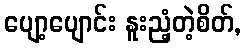
ပျော့ပျောင်း နူးညံ့တဲ့စိတ်,